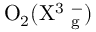
\mathrm { O _ { 2 } ( X ^ { 3 } \Sigma _ { g } ^ { - } ) }